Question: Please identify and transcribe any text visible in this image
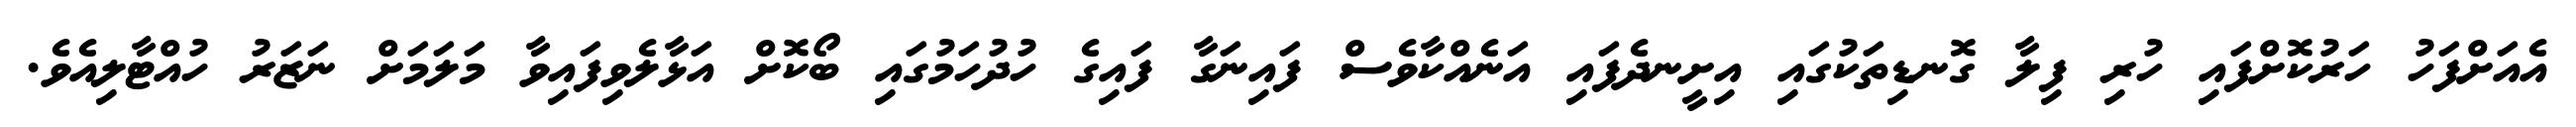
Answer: އެއަށްފަހު ހަރުކޮށްފައި ހުރި ފިލާ ގޮނޑިތަކުގައި އިށީނދެފައި އަނެއްކާވެސް ފައިނަގާ ފައިގެ ހުދުހަމުގައި ބޯކޮށް އަޅާލެވިފައިވާ މަލަމަށް ނަޒަރު ހުއްޓާލިއެވެ.